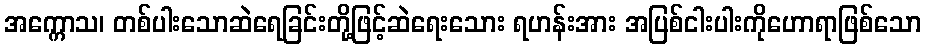
အက္ကောသ၊ တစ်ပါးသောဆဲရေခြင်းတို့ဖြင့်ဆဲရေးသေား ရဟန်းအား အပြစ်ငါးပါးကိုဟောရာဖြစ်သော